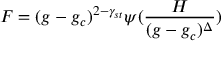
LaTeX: F = ( g - g _ { c } ) ^ { 2 - \gamma _ { s t } } \psi ( { \frac { H } { ( g - g _ { c } ) ^ { \Delta } } } )